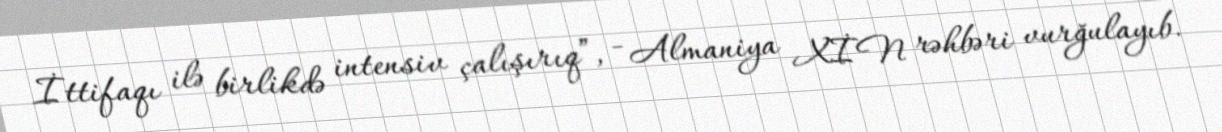
İttifaqı ilə birlikdə intensiv çalışırıq”, - Almaniya XİN rəhbəri vurğulayıb.